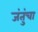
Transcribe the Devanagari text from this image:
जंतुंचा